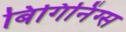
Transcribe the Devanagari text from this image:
बिगिनिंग्स